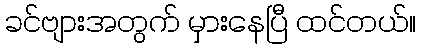
ခင်ဗျားအတွက် မှားနေပြီ ထင်တယ်။